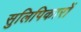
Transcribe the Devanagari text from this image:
सुलिपिकारों